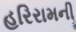
હરિરામની